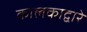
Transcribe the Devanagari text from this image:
कालकाद्वारे